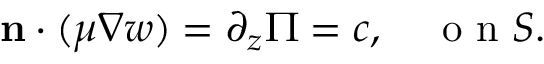
\mathbf { n } \cdot ( \mu \boldsymbol { \nabla } w ) = \partial _ { z } \Pi = c , \quad \mathrm { ~ o ~ n ~ } { \cal S } .